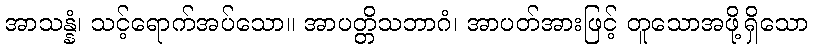
အာသန္နံ၊ သင့်ရောက်အပ်သော။ အာပတ္တိသဘာဂံ၊ အာပတ်အားဖြင့် တူသောအဖို့ရှိသော